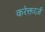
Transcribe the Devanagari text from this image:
करेक्तार्ज़